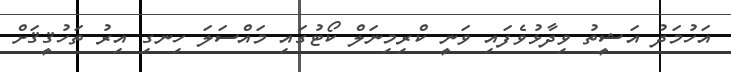
އަހުމަދު އަޝީތު ވިދާޅުވެފައި ވަނީ ކްރިމިނަލް ކޯޓުގައި މައްސަލަ ހިނގި އިރު ތަހުޤީޤަށް